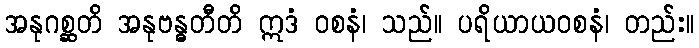
အနုဂစ္ဆတိ အနုဗန္ဓတီတိ ဣဒံ ဝစနံ၊ သည်။ ပရိယာယဝစနံ၊ တည်း။